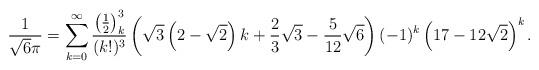
LaTeX: \begin{align*}\frac{1}{\sqrt{6}\pi}=\sum_{k=0}^\infty\frac{\left(\frac{1}{2}\right)_k^3}{(k!)^3}\left(\sqrt{3}\left(2-\sqrt{2}\right)k+\frac{2}{3}\sqrt{3}-\frac{5}{12}\sqrt{6}\right)(-1)^k\left(17-12\sqrt{2}\right)^k.\end{align*}